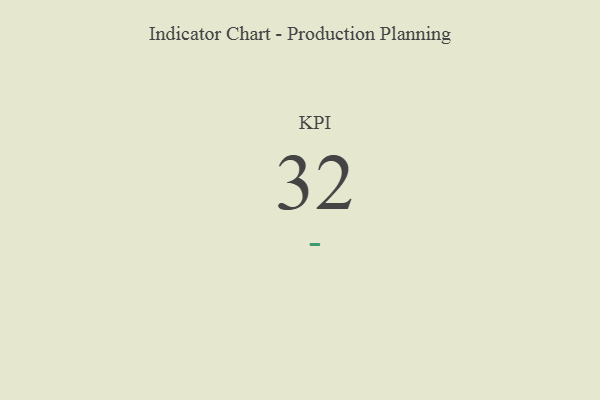
{"axis": {"x": "KPI", "y": "Value"}, "legend": [""], "data": [{"x": "KPI", "y": 32, "type": ""}]}